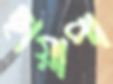
ছায়াপা